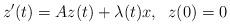
LaTeX: \begin{align*}z'(t)=Az(t)+\lambda (t)x,\;\; z(0)=0\end{align*}